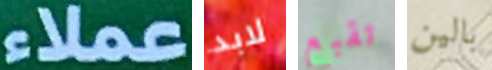
عملاء لابد تقبع بالين